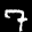
Digit: 7